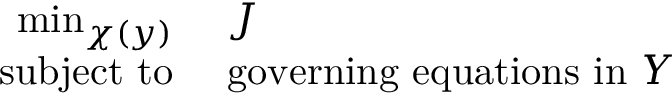
\begin{array} { r l } { \operatorname* { m i n } _ { \chi ( y ) } ~ } & { { } J } \\ { \mathrm { s u b j e c t ~ t o } ~ } & { { } \mathrm { g o v e r n i n g ~ e q u a t i o n s ~ i n ~ } Y } \end{array}